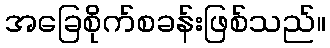
အခြေစိုက်စခန်းဖြစ်သည်။